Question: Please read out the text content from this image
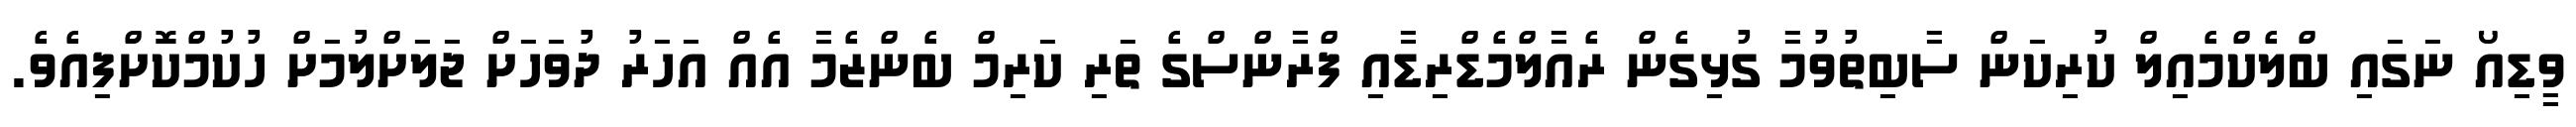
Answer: ވީޑިއޯ ނަގައި ބްލެކްމެއިލް ކުރިކަން ސާބިތުވުމާ ގުޅިގެން ރެއާލްމެޑްރިޑާއި ފްރާންސްގެ ތަރި ކަރިމް ބެންޒެމާ އެއް އަހަރު ދުވަހަށް ޖަލަށްލުމަށް ހުކުމްކޮށްފިއެވެ.